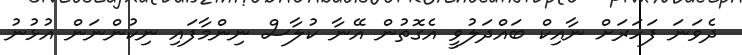
ދެވަނަ ފަހަރަށް ނާއިކް ބައްދަލުވީ އެގޮތުން އޭނާ ކުލާސް ނިންމާފައި ނިކުންނަން އުޅުނު